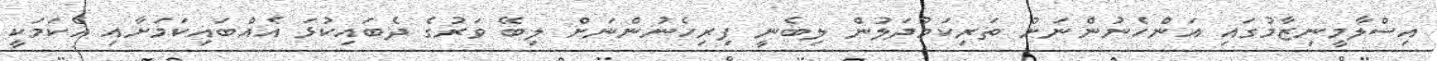
އިސްލާމީނިޒާމުގައި އަންހެނުންނަށް ތަރިކަމުދަލުން ލިބެނީ ފިރިހެނުންނަށް ލިބޭ ވަރުގެ ދެބައިކުޅަ އެއްބައިކަމަށާއި އެކަމަކީ